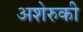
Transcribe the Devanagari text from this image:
अशेरुकी